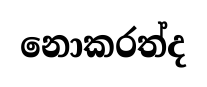
නොකරත්ද